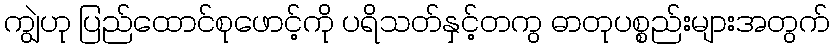
ကျွဲဟု ပြည်ထောင်စုဖောင့်ကို ပရိသတ်နှင့်တကွ ဓာတုပစ္စည်းများအတွက်